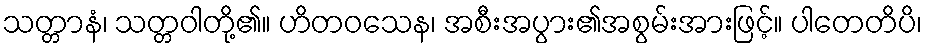
သတ္တာနံ၊ သတ္တဝါတို့၏။ ဟိတဝသေန၊ အစီးအပွား၏အစွမ်းအားဖြင့်။ ပါတေတိပိ၊